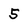
Character: 5